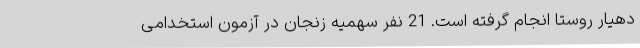
دهیار روستا انجام گرفته است. 21 نفر سهمیه زنجان در آزمون استخدامی